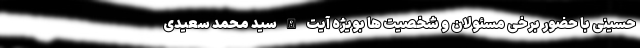
حسینی با حضور برخی مسئولان و شخصیت ها بویژه آیت الله سید محمد سعیدی